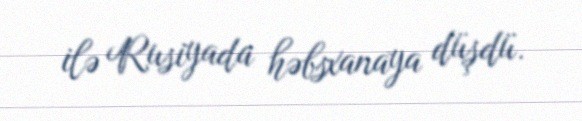
ilə Rusiyada həbsxanaya düşdü.